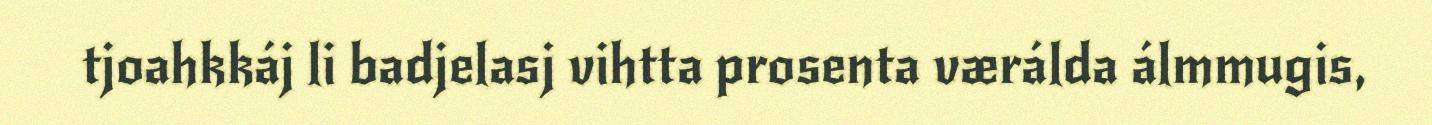
tjoahkkáj li badjelasj vihtta prosenta værálda álmmugis,